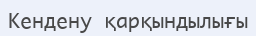
Кендену қарқындылығы